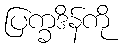
ပြက္ခဒိန်ကို